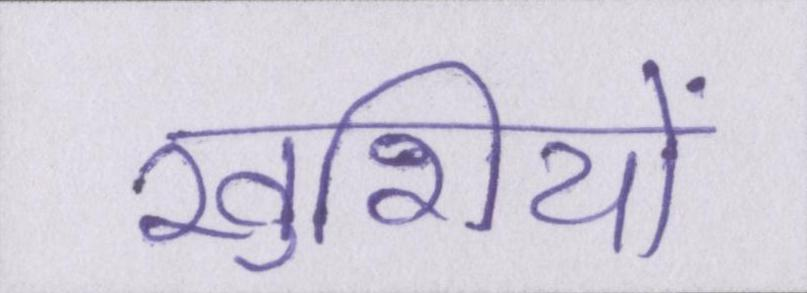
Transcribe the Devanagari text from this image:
खुशियों